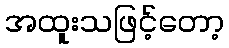
အထူးသဖြင့်တော့